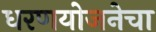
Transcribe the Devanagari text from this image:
धरणयोजनेचा